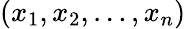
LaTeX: (x_{1},x_{2},\ldots,x_{n})